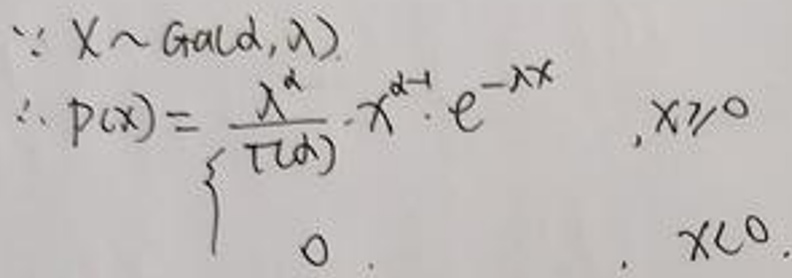
\[
\begin{align*}
&\because X\sim \text{Gamma}(\alpha,\lambda)\\
&\therefore p(x)=
\begin{cases}
\frac{\lambda^{\alpha}}{\Gamma(\alpha)}x^{\alpha - 1}e^{-\lambda x}&,x\geq0\\
0&,x<0
\end{cases}
\end{align*}
\]